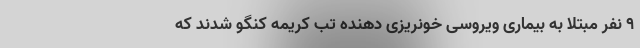
۹ نفر مبتلا به بیماری ویروسی خونریزی دهنده تب کریمه کنگو شدند که